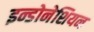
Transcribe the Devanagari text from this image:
इन्डोनेशियन